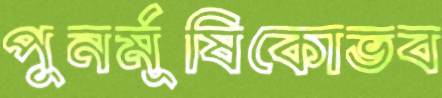
পুনর্মূষিকোভব